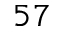
^ { 5 7 }